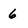
Character: 6